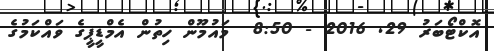
އޮކްޓޯބަރު 29